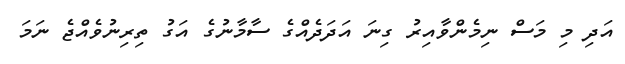
އަދި މި މަސް ނިމެންވާއިރު ގިނަ އަދަދެއްގެ ސާމާނުގެ އަގު ތިރިނުވެއްޖެ ނަމަ